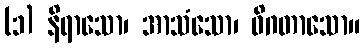
(၁) နိရာသော၊ အာသံသော၊ ဝိဂတာသော။